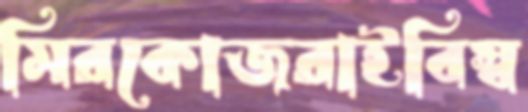
মিরকোজরাইবিস্ব